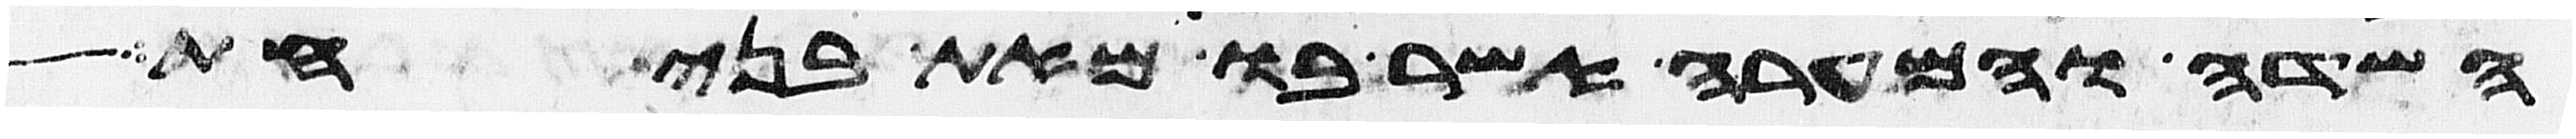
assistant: השדה והמערה אשר בו מאת בני חת